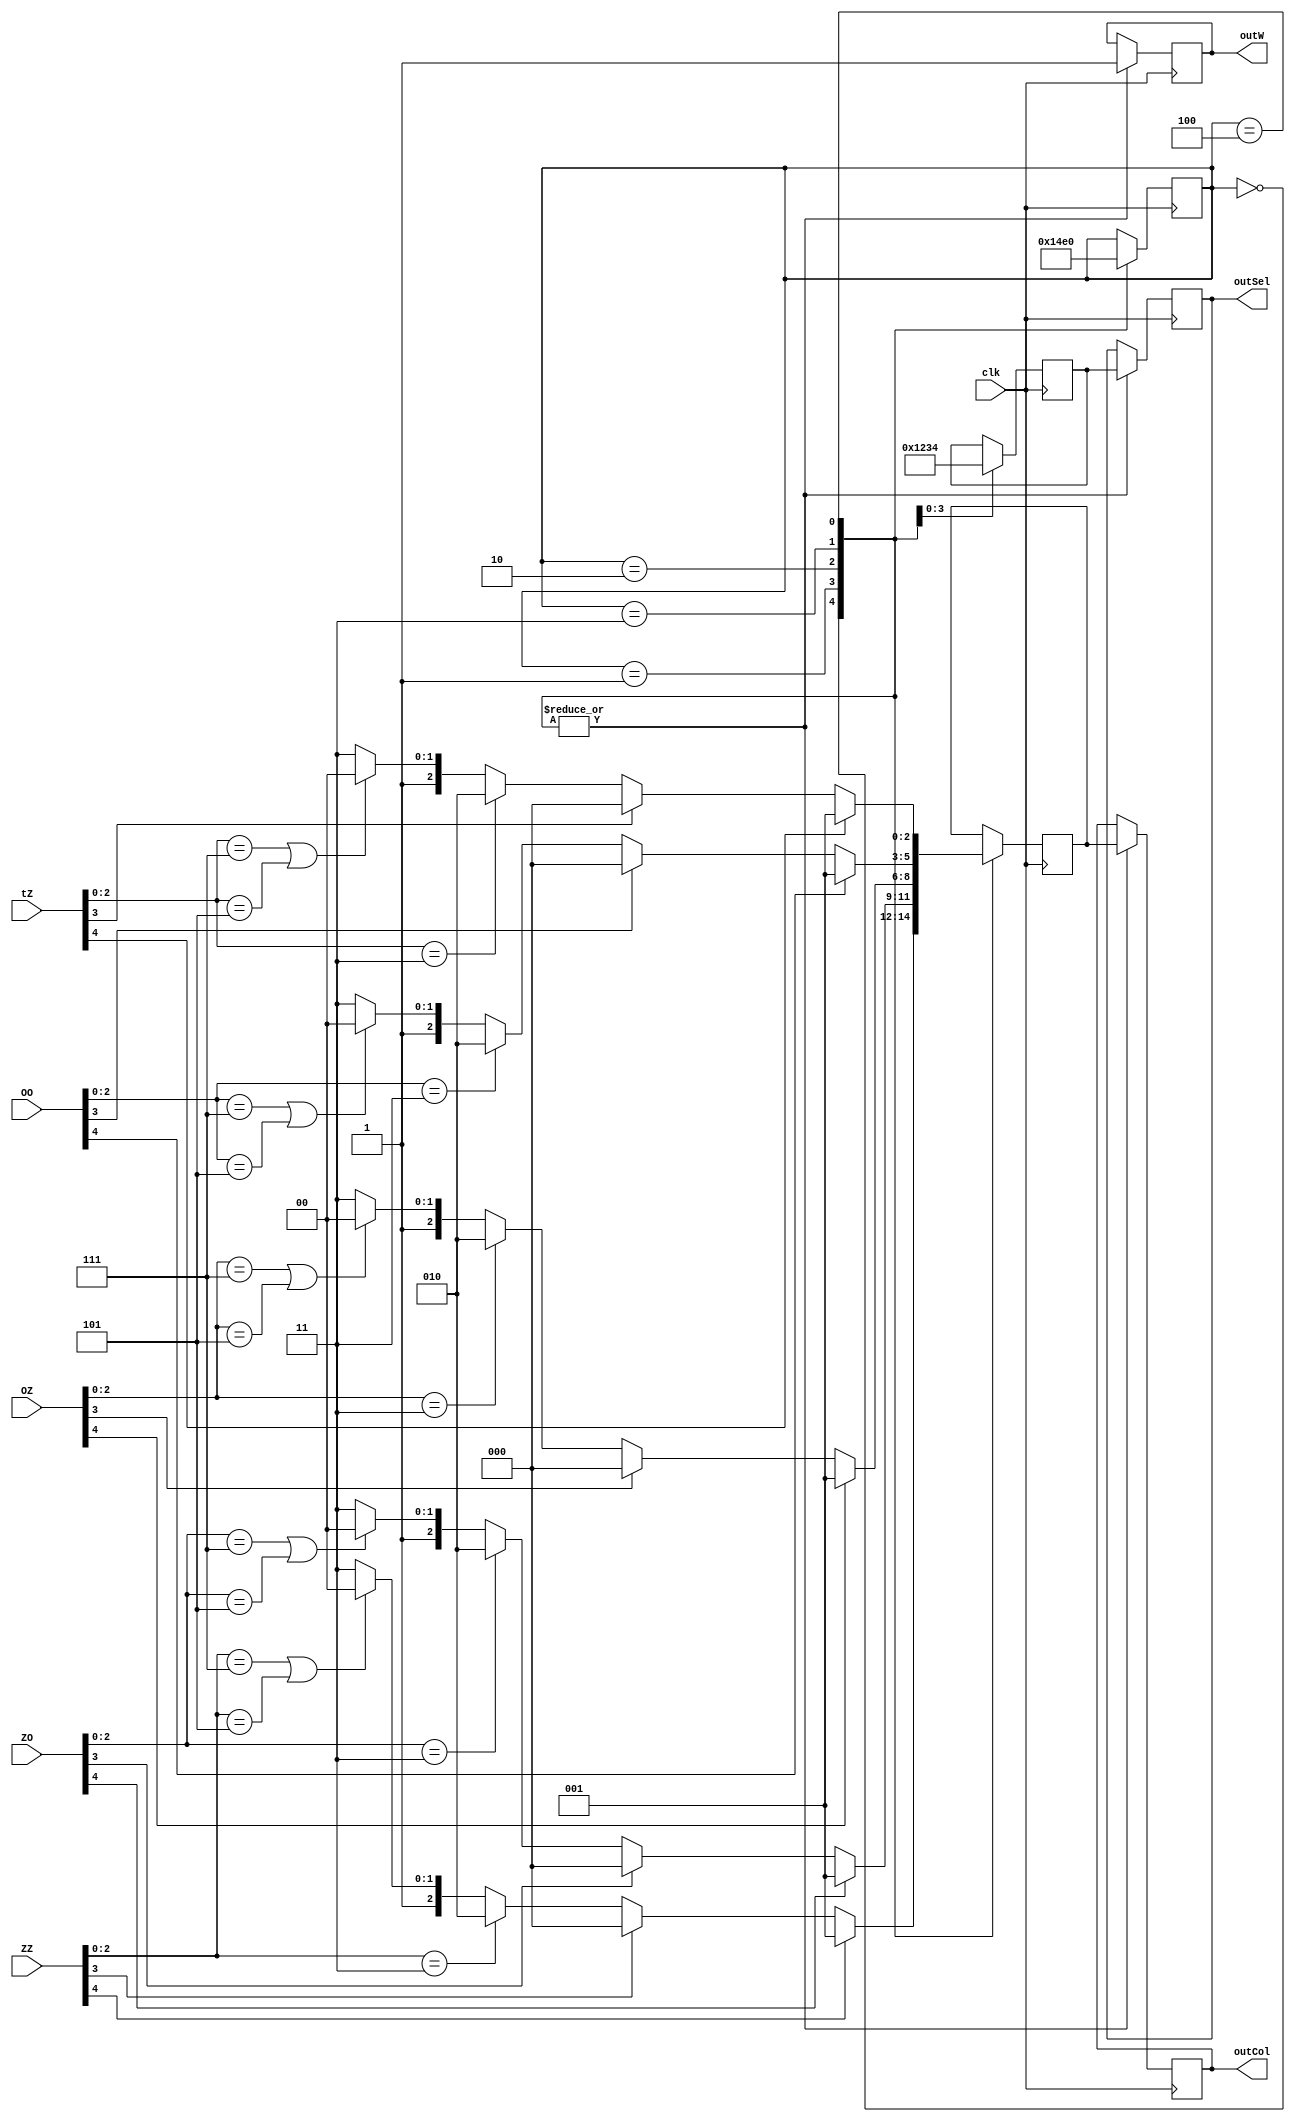
module ColumnEncoder(clk,ZZ,ZO,OZ,OO,tZ,outSel,outCol,outW);

input clk;

//disp out from matrix Z means Zero, O means one, t means 2, bottom left is ZZ, top right is tO.
input [4:0]ZZ;
input [4:0]ZO;
input [4:0]OZ;
input [4:0]OO;
input [4:0]tZ;

output reg outW;
output reg [3:0]outSel;
output reg [2:0]outCol;

reg [2:0] CS;
reg [2:0] NS;
reg [3:0] storeSel;
reg [2:0] storeCol;
parameter empty=3'd0, air=3'd1, dirt=3'd2, ground=3'd3, queen=3'd4, wall=3'd5, errorblock=3'd6, tunnel=3'd7;

always@(*)begin
CS<=NS;
end

always@(posedge clk)begin
	case({CS})
		3'd0:
			begin
				outW<=1'b0;
				//storeSel<=3'd0;
				outSel<=storeSel;
				if(ZZ[4]==1'b1)begin//sugar
					storeCol<=3'd1;
				end else if(ZZ[3]==1'b1)begin//ant
					storeCol<=3'd0;
				end else begin
					if(ZZ[2:0]==ground) begin
						storeCol<=3'd2;
					end else if((ZZ[2:0]==tunnel)|(ZZ[2:0]==wall))begin
						storeCol<=3'd4;
					end else begin
						storeCol<=3'd7;
					end
				end
				outW<=1'b1;
				outSel<=storeSel;
				outCol<=storeCol;
				NS<=3'd1;
			end
		3'd1:
			begin
			outW<=1'b0;
				storeSel<=3'd1;
				if(ZO[4]==1'b1)begin//sugar
					storeCol<=3'd1;
				end else if(ZO[3]==1'b1)begin//ant
					storeCol<=3'd0;
				end else begin
					if(ZO[2:0]==ground) begin
						storeCol<=3'd2;
					end else if((ZO[2:0]==tunnel)|(ZO[2:0]==wall))begin
						storeCol<=3'd4;
					end else begin
						storeCol<=3'd7;
					end
				end
				outW<=1'b1;
				outSel<=storeSel;
				outCol<=storeCol;
				NS<=3'd2;
			end
		3'd2:
			begin
				outW<=1'b0;
				storeSel<=3'd2;
				if(OZ[4]==1'b1)begin//sugar
					storeCol<=3'd1;
				end else if(OZ[3]==1'b1)begin//ant
					storeCol<=3'd0;
				end else begin
					if(OZ[2:0]==ground) begin
						storeCol<=3'd2;
					end else if((OZ[2:0]==tunnel)|(OZ[2:0]==wall))begin
						storeCol<=3'd4;
					end else begin
						storeCol<=3'd7;
					end
				end
				outW<=1'b1;
				outSel<=storeSel;
				outCol<=storeCol;
				NS<=3'd3;
			end
		3'd3:
			begin
				outW<=1'b0; 
				storeSel<=3'd3;
				if(OO[4]==1'b1)begin//sugar
					storeCol<=3'd1;
				end else if(OO[3]==1'b1)begin//ant
					storeCol<=3'd0;
				end else begin
					if(OO[2:0]==ground) begin
						storeCol<=3'd2;
					end else if((OO[2:0]==tunnel)|(OO[2:0]==wall))begin
						storeCol<=3'd4;
					end else begin
						storeCol<=3'd7;
					end
				end
				outW<=1'b1;
				outSel<=storeSel;
				outCol<=storeCol;
				NS<=3'd4;
			end
		3'd4:
			begin
				outW<=1'b0;
				storeSel<=3'd4;
				if(tZ[4]==1'b1)begin//sugar
					storeCol<=3'd1;
				end else if(tZ[3]==1'b1)begin//ant
					storeCol<=3'd0;
				end else begin
					if(tZ[2:0]==ground) begin
						storeCol<=3'd2;
					end else if((tZ[2:0]==tunnel)|(tZ[2:0]==wall))begin
						storeCol<=3'd4;
					end else begin
						storeCol<=3'd7;
					end
				end
				outW<=1'b1;
				outSel<=storeSel;
				outCol<=storeCol;
				NS<=3'd0;
			end
		
	endcase
end
endmodule